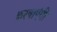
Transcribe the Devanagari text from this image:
करवाएंगी